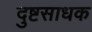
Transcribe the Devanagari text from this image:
दुष्टसाधक